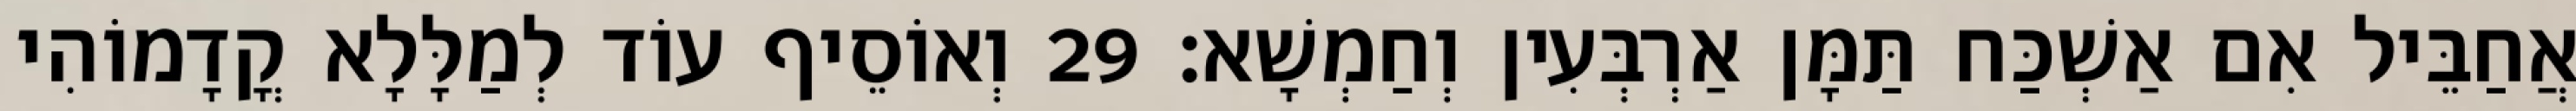
אֲחַבֵּיל אִם אַשְׁכַּח תַּמָּן אַרְבְּעִין וְחַמְשָׁא׃ 29 וְאוֹסֵיף עוֹד לְמַלָּלָא קֳדָמוֹהִי